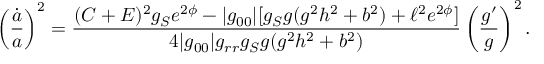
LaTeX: \left( { \frac { \dot { a } } { a } } \right) ^ { 2 } = { \frac { ( C + E ) ^ { 2 } g _ { S } e ^ { 2 \phi } - | g _ { 0 0 } | [ g _ { S } g ( g ^ { 2 } h ^ { 2 } + b ^ { 2 } ) + \ell ^ { 2 } e ^ { 2 \phi } ] } { 4 | g _ { 0 0 } | g _ { r r } g _ { S } g ( g ^ { 2 } h ^ { 2 } + b ^ { 2 } ) } } \left( { \frac { g ^ { \prime } } { g } } \right) ^ { 2 } .